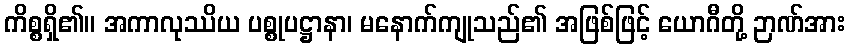
ကိစ္စရှိ၏။ အကာလုဿိယ ပစ္စုပဋ္ဌာနာ၊ မနောက်ကျုသည်၏ အဖြစ်ဖြင့် ယောဂီတို့ ဉာဏ်အား